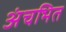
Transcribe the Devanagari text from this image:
अंचभित